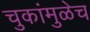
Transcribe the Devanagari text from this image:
चुकांमुळेच